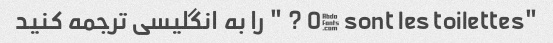
"Où sont les toilettes ? " را به انگلیسی ترجمه کنید